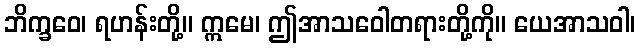
ဘိက္ခဝေ၊ ရဟန်းတို့။ ဣမေ၊ ဤအာသဝေါတရားတို့ကို။ ယေအာသဝါ၊